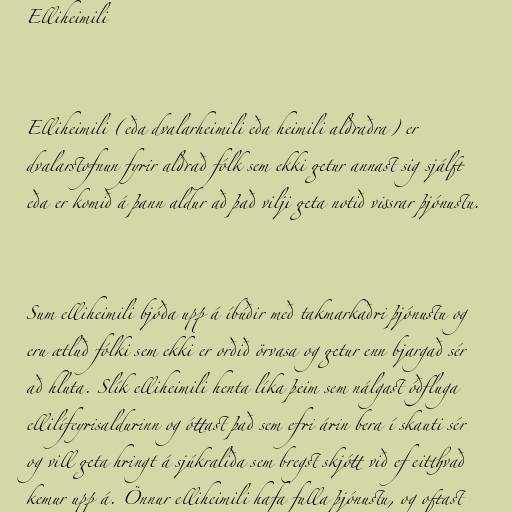
Elliheimili

Elliheimili (eða dvalarheimili eða heimili aldraðra) er
dvalarstofnun fyrir aldrað fólk sem ekki getur annast sig sjálft
eða er komið á þann aldur að það vilji geta notið vissrar þjónustu.

Sum elliheimili bjóða upp á íbúðir með takmarkaðri þjónustu og
eru ætluð fólki sem ekki er orðið örvasa og getur enn bjargað sér
að hluta. Slík elliheimili henta líka þeim sem nálgast óðfluga
ellilífeyrisaldurinn og óttast það sem efri árin bera í skauti sér
og vill geta hringt á sjúkraliða sem bregst skjótt við ef eitthvað
kemur upp á. Önnur elliheimili hafa fulla þjónustu, og oftast